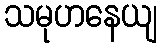
သမုဟနေယျ